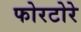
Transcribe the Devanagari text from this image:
फोरटोरे